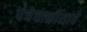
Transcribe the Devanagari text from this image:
पंचेचाळीसावे